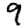
Digit: 9